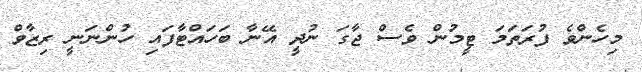
މިހެންވެ ފުރަތަމަ ޓީމުން ވެސް ޖާގަ ނުދީ އޭނާ ބަހައްޓާފައި ހުންނަނީ ރިޒާވް